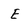
Character: E